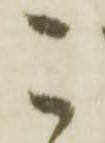
こ